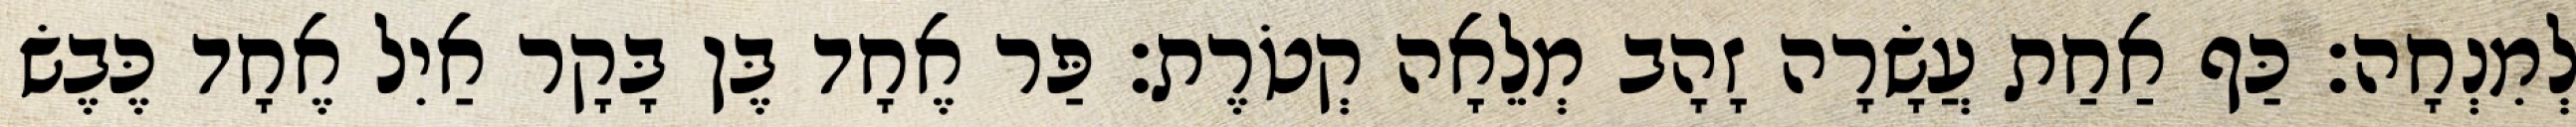
לְמִנְחָה׃ כַּף אַחַת עֲשָׂרָה זָהָב מְלֵאָה קְטֹרֶת׃ פַּר אֶחָד בֶּן בָּקָר אַיִל אֶחָד כֶּבֶשׂ